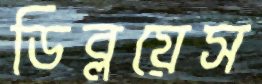
ডিব্লয়েস